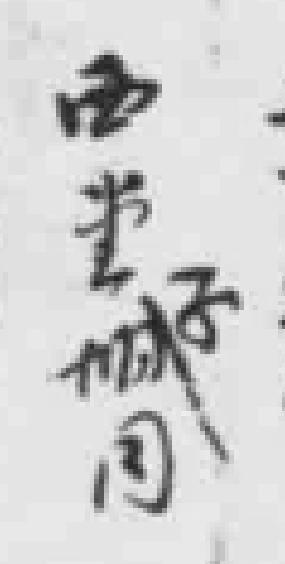
西堂子城同